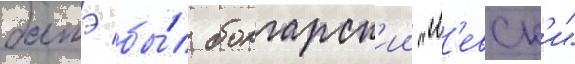
батэ бы́л болгарск'ии "л'евск'и"